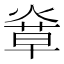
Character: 𤌸